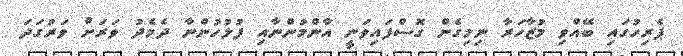
ޕެރިހުގައި ބޭއްވި މުޒާހަރާ ނިމިގެން ގޮސްފައިވަނީ އާންމުންނާއި ފުލުހުންނާ ދެމެދު ވަރަށް ވަރުގަދަ